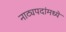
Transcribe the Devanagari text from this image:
नाट्यपदांमध्ये